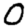
Digit: 0